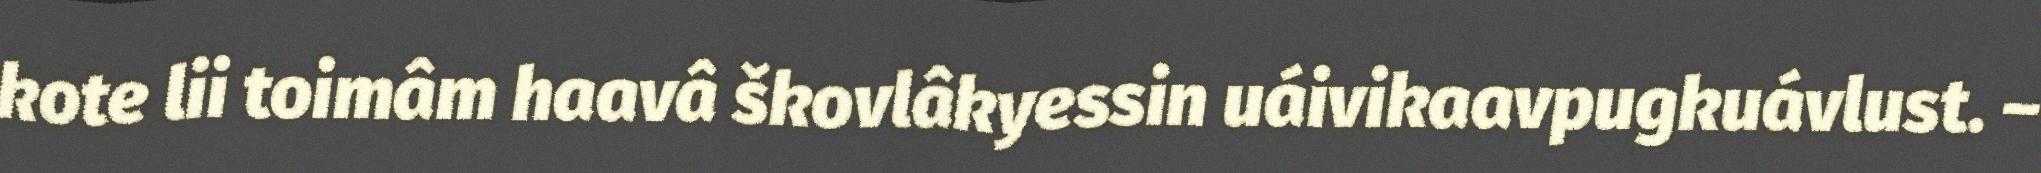
kote lii toimâm haavâ škovlâkyessin uáivikaavpugkuávlust. –